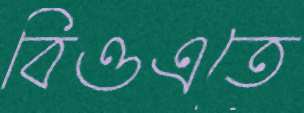
বিওএতে